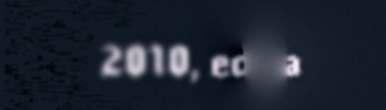
2010, edtja